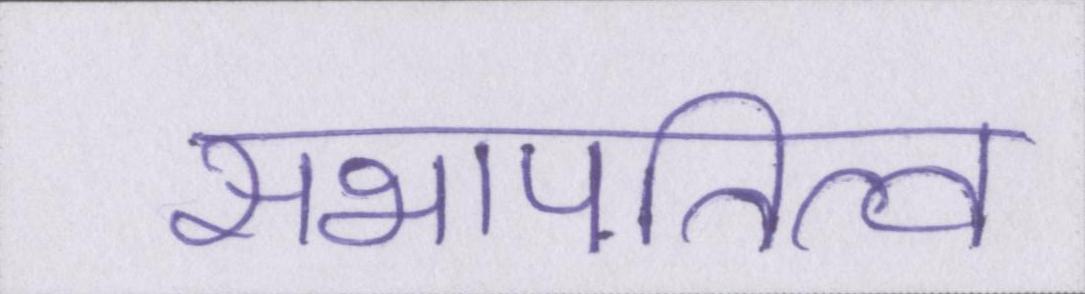
सभापतित्व